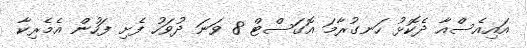
އައިއެސްއާ ދެކޮޅު ހަނގުރާމަ އޮގަސްޓް 8 ވަނަ ދުވަހު ފެށި ފަހުން އެމެރިކާ